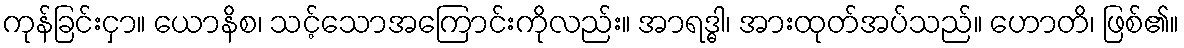
ကုန်ခြင်းငှာ။ ယောနိစ၊ သင့်သောအကြောင်းကိုလည်း။ အာရဒ္ဓါ၊ အားထုတ်အပ်သည်။ ဟောတိ၊ ဖြစ်၏။